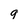
Character: q